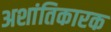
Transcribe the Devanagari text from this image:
अशांतिकारक